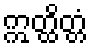
ဣတ္ထိတ္တံ